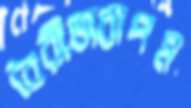
বৈরীভাবাপন্ন